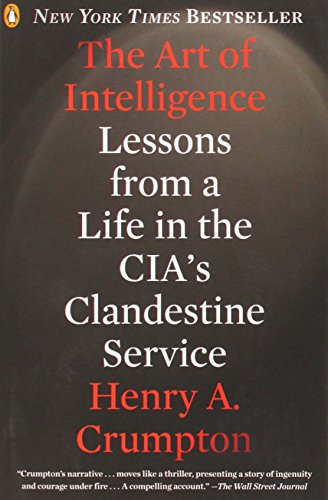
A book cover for The Art of Intelligence: Lessons from a Life in the CIA's Clandestine Service; Henry A. Crumpton; Biographies & Memoirs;